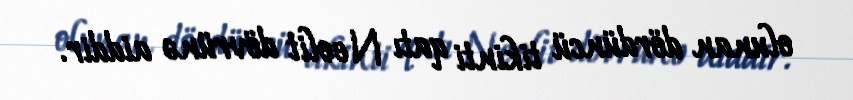
olunan dördüncü tikinti qatı Neolit dövrünə aiddir.